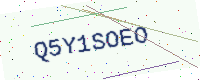
Text: Q5Y1SOEO